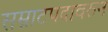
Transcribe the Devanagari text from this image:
सम्राटपदावरुन